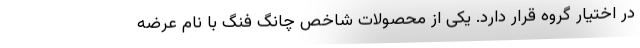
در اختیار گروه قرار دارد. یکی از محصولات شاخص چانگ فنگ با نام عرضه